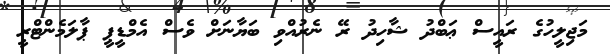
މަޖިލީހުގެ ރައީސް ޢަބްދު ޝާހިދު ރޭ ނެރުއްވި ބަޔާނަށް ވެސް އެމްޑީޕީ ޕާލަމެންޓްރީ